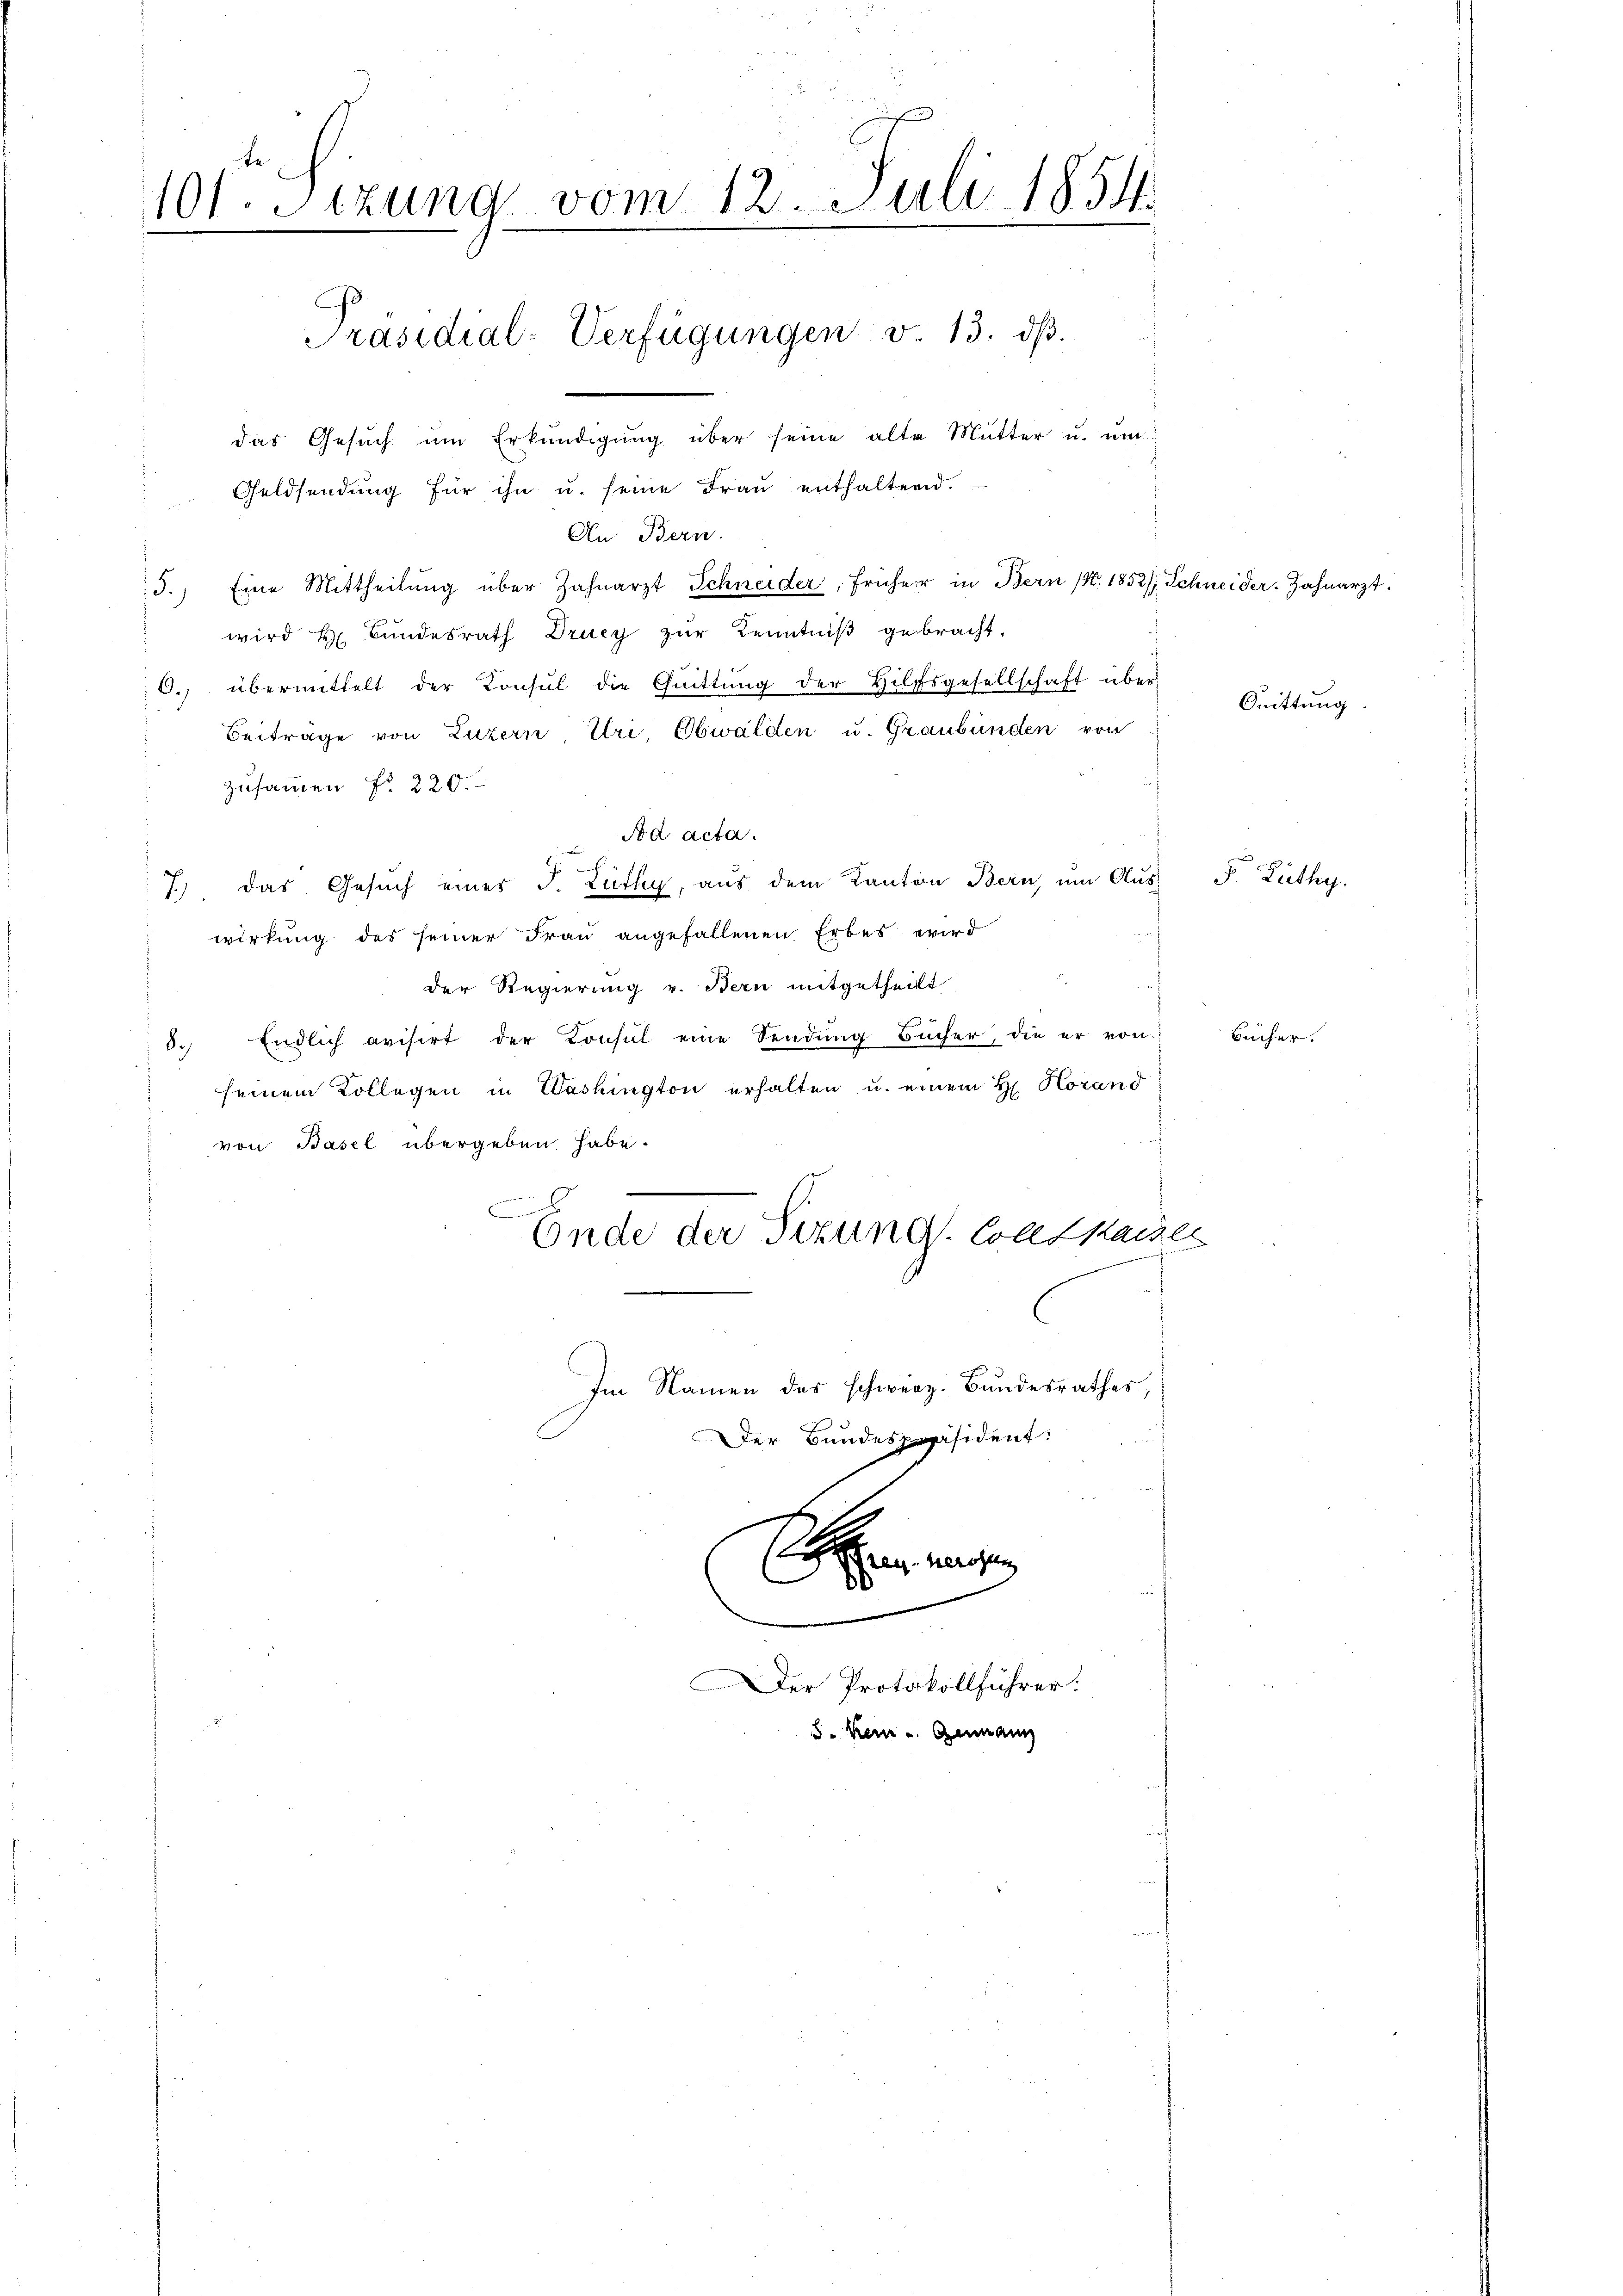
101. Itzung vom 12. Juli 1854.
Präsidial-Verfügungen v. 13. dβ.
das Gesuch um Erkundigung über seine alte Mutter u. um
Geldsendŭng für ihn u. seine Fraŭ enthaltend.

An Bern.
5.) Eine Mittheilŭng über Zahnarzt Schneider, früher in Bern (N. 1852/ Schneider. Zahnarzt.
wird Hr. Bundesrath Drucy zŭr Kenntniß gebracht,
6. übermittelt der Konsŭl die Quittŭng der Hilfsgesellschaft über-
Beiträge von Luzern, Uri, Obwalden u. Graubünden von
zusammen No 220.
Nod acta.
7). Das Gesuch eines J. Lüthy, aus dem Kanton Bern, um Aus- P. Lüthy,
wirkung des seiner Frau angefallenen Erbes wird
h
der Regierung v. Bern mitgetheilt
3. Endlich avisirt der Konsul eine Sendung Bücher, die er von
seinem Kollegen in Washington erhalten u. einem H. Horand
von Basel übergeben habe.
Ende der Sitzung. Sollt kaiser
Im Namen des schweiz. Bundesrathes,
Der Bundespräsident:

.
Der Protokollführer.
5. kam u. Germann

Bücher.

Quittung.